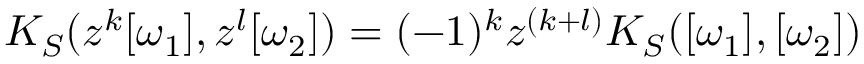
K _ { S } ( z ^ { k } [ \omega _ { 1 } ] , z ^ { l } [ \omega _ { 2 } ] ) = ( - 1 ) ^ { k } z ^ { ( k + l ) } K _ { S } ( [ \omega _ { 1 } ] , [ \omega _ { 2 } ] )